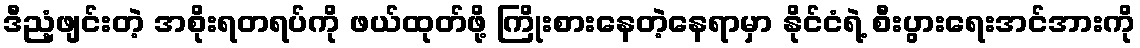
ဒီညံ့ဖျင်းတဲ့ အစိုးရတရပ်ကို ဖယ်ထုတ်ဖို့ ကြိုးစားနေတဲ့နေရာမှာ နိုင်ငံရဲ့ စီးပွားရေးအင်အားကို